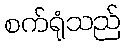
စက်ရုံသည်